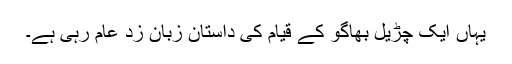
یہاں ایک چڑیل بھاگو کے قیام کی داستان زبان زد عام رہی ہے۔